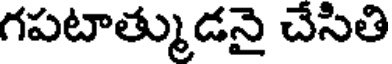
గపటాత్ముడనై చేసితి